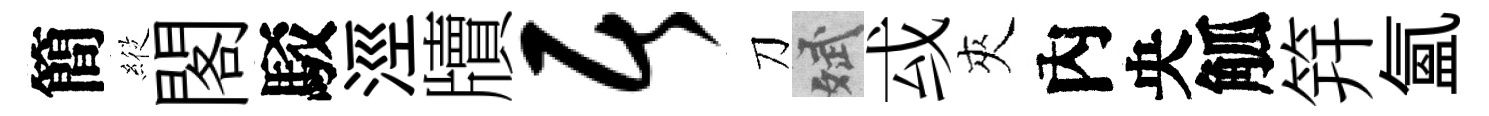
簡𦂵閣駁涇牘居刀斌㦯夾內央觚笄氲